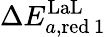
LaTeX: \Delta E_{a,\mathrm{red}\, 1}^{\mathrm{LaL}}